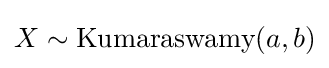
X\sim {\textrm {Kumaraswamy}}(a,b)